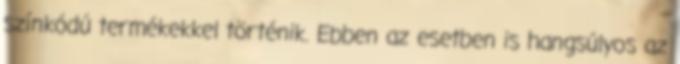
színkódú termékekkel történik. Ebben az esetben is hangsúlyos az